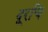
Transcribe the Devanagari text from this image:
दूरचि